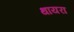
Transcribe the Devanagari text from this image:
थायरा